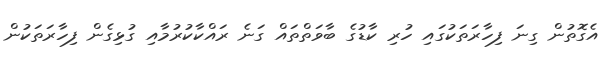
އެގޮތުން ގިނަ ފިހާރަތަކުގައި ހުރި ކާޑުގެ ބާވަތްތައް ގަނެ ރައްކާކުރުމާއި ގުޅިގެން ފިހާރަތަކުން